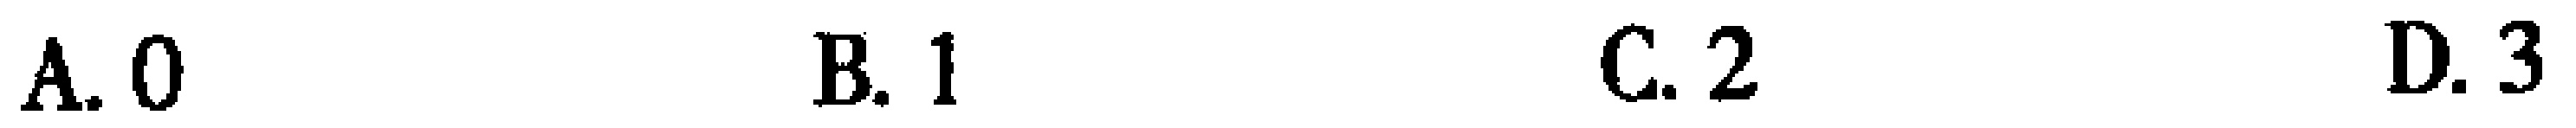
A. 0  B. 1  C. 2  D. 3